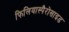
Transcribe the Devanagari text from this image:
फिलियास्पैरोसाइड